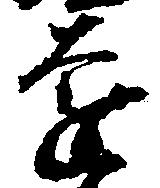
遠